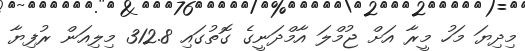
މިދިޔަ މަހު މީރާ އަށް ޖުމްލަ އާމްދަނީގެ ގޮތުގައި 312.8 މިލިއަން ރުފިޔާ